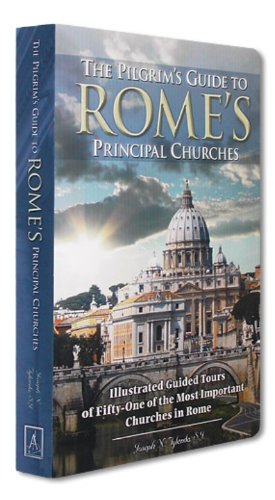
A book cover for The Pilgrim's Guide to Rome's Principal Churches: Illustrated Guided Tours of Fifty-one of the Most Important Churches of Rome; Joseph N. Tylenda; Travel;